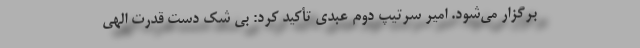
برگزار می‌شود. امیر سرتیپ دوم عبدی تأکید کرد: بی شک دست قدرت الهی